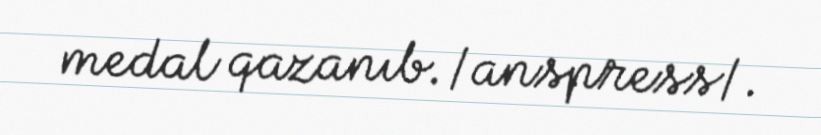
medal qazanıb./anspress/.